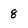
Character: 8